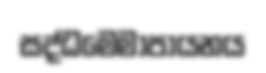
සද්ධමෙමාපායනය